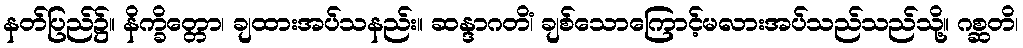
နတ်ပြည်၌။ နိက္ခိတ္တော၊ ချထားအပ်သနည်း။ ဆန္ဒာဂတိံ၊ ချစ်သောကြောင့်မလားအပ်သည်သည်သို့။ ဂစ္ဆတိ၊